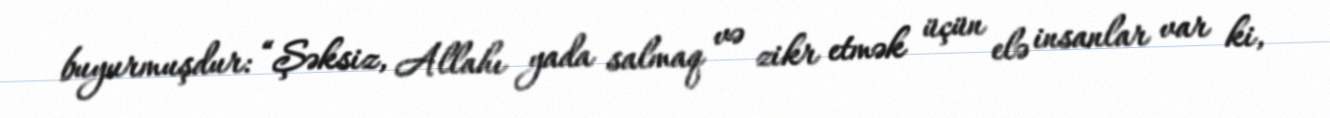
buyurmuşdur: “Şəksiz, Allahı yada salmaq və zikr etmək üçün elə insanlar var ki,